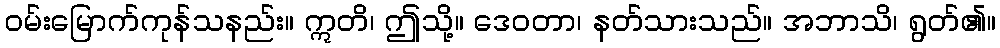
ဝမ်းမြောက်ကုန်သနည်း။ ဣတိ၊ ဤသို့။ ဒေဝတာ၊ နတ်သားသည်။ အဘာသိ၊ ရွတ်၏။